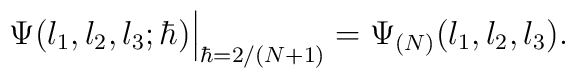
\Psi(l_1,l_2,l_3;\hbar)\Big|_{\hbar=2/(N+1)} = \Psi_{(N)}(l_1,l_2,l_3).